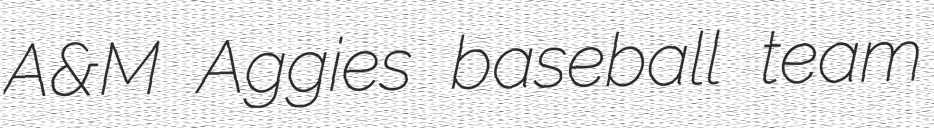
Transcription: A&M Aggies baseball team